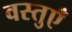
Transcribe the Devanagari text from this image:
वस्‍तुएँ